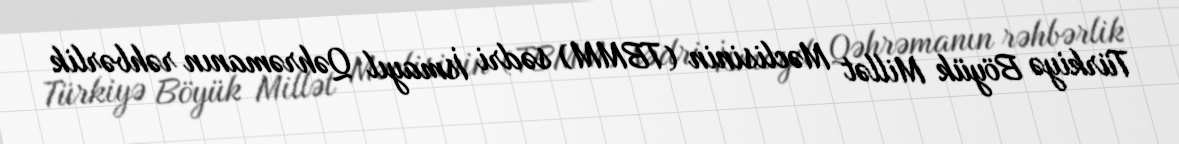
Türkiyə Böyük Millət Məclisinin (TBMM) sədri İsmayıl Qəhrəmanın rəhbərlik